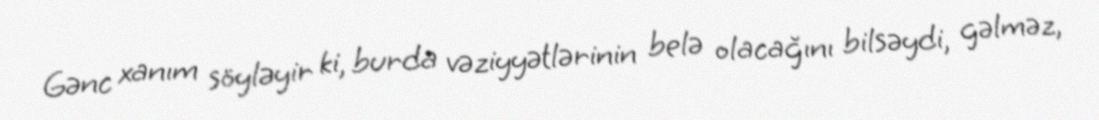
Gənc xanım söyləyir ki, burda vəziyyətlərinin belə olacağını bilsəydi, gəlməz,